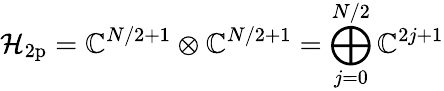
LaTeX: \mathcal{H}_{\mathrm{2p}}={\mathbb{C}^{N/2+1}\otimes\mathbb{C}^{N/2+1}=\bigoplus_{j=0}^{N/2}\mathbb{C}^{2j+1}}